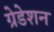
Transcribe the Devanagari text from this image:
ग्रेडेशन